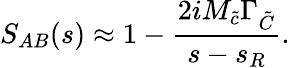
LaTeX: S_{AB}(s)\approx 1-\frac{2iM_{\tilde{c}}\Gamma_{\tilde{C}}}{s-s_{R}}.